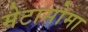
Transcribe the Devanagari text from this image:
मेटासोमा